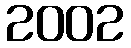
2002